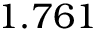
1 . 7 6 1